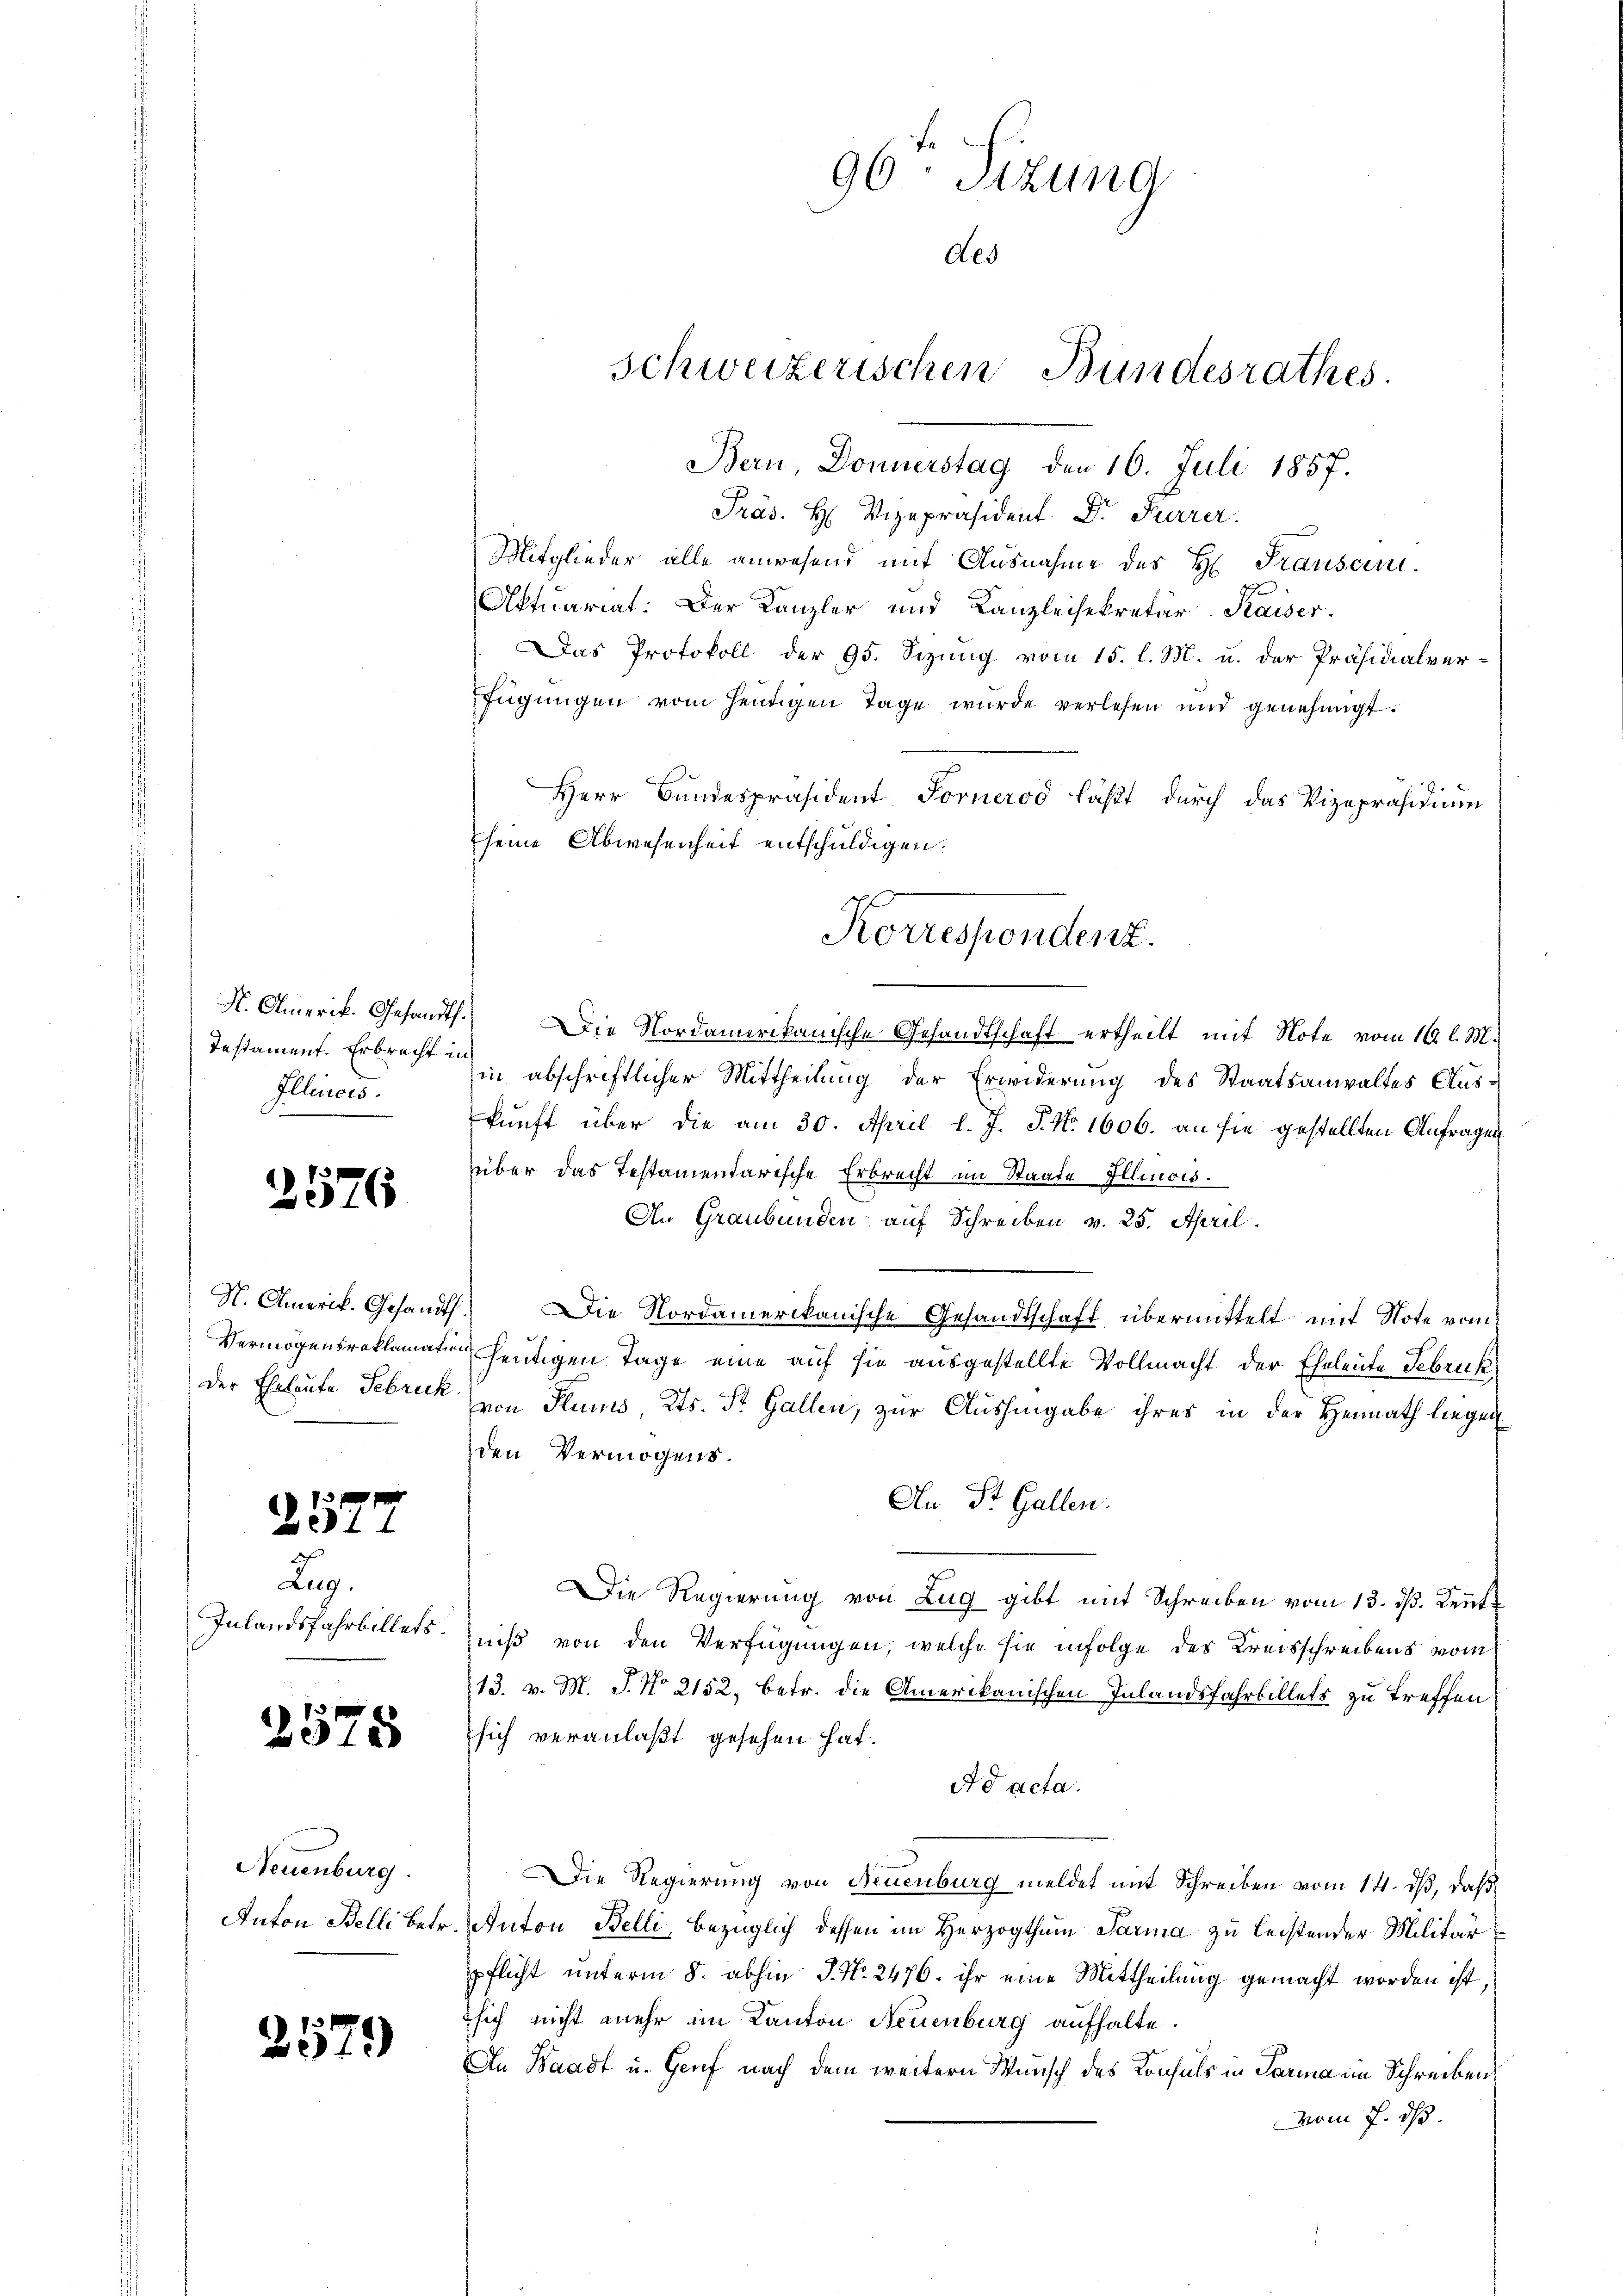
Testament. Erbrecht in
Illinois.

2576

S. Amerik. Gesandth
Vermögensreklamation
der Eheleute Februck.

2577

Lug.
Inlandsfahrbillets.

2575

Neuenburg.
Anton Belli betr.

2579

96. Sizung
Aes

Schweizerischen Bundesrathes.

Bern, Donnerstag den 16. Juli 1857.
Präs. H. Vizepräsident Dr. Furrer.
Mitglieder alle anwesend mit Ausnahme des H. Transen.
Aktuariat: Der Kanzler und Kanzleisekretär. Kaiser.
Das Protokoll der 95. Sizung vom 15. l. M. u. der Präsidialverfügŭngen vom heŭtigen Tage wurde verlesen und genehmigt.
Herr Bundespräsident Fornerod läßt durch das Vizepräsidium
seine Abwesenheit entschuldigen.
N. Amerik. Gesandts. Die Nordamerikanische Gesandtschaft ertheilt mit Note vom 16. l. M.
in abschriftlicher Mittheilung der Erwiderung des Staatsanwaltes Auskunft über die am 30. April l. J. P. Nr. 1606. an sie gestellten Anfragen
über das Testamentarische Erbrecht im Staate Illinois.
An Graubünden auf Schreiben, v. 25. April.
 Die Nordamerikanische Gesandtschaft übermittelt mit Note vom
heutigen Tage eine auf sie ausgestellte Vollmacht der Eheleute Februk
von Stums, Kts. St. Gallen, zur Aushingabe ihres in der Heimath liegen
den Vermögens.
An Dr. Gallen.
Die Regierung von Zug gibt mit Schreiben vom 13. ds. Kennt
niß von den Verfügungen, welche sie infolge des Kreisschreibens vom
13. v. M. J. No 2152, betr. die Amerikanischen Inlandsfahrbillets zu treffen
sich veranlaßt gesehen hat.
Ad acta.
Die Regierung von Neuenburg meldet mit Schreiben vom 14. ds, daß
Anton Belli, bezüglich dessen im Herzogthum Parma zu leistender Militär
pflicht unterm 8. abhin J. No. 2476. ihr eine Mittheilung gemacht worden ist,
sich nicht mehr im Kanton Neuenburg aufhalte.
An Waadt u. Genf nach dem weitern Wunsch des Konsuls in Parma ein Schreibens
vom 7. ds.

Korrespondenz.